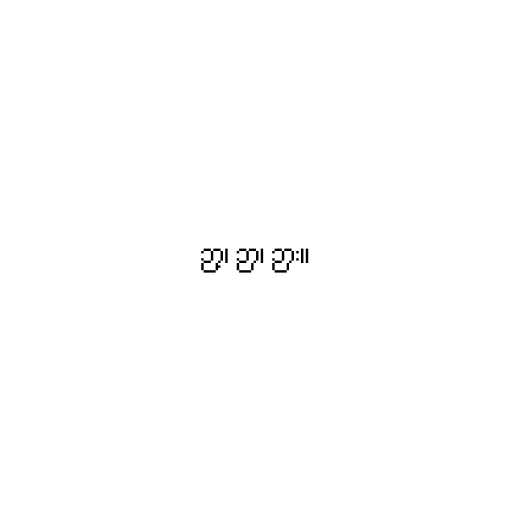
ဉာ့၊ ဉာ၊ ဉား။